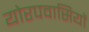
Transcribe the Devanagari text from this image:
योरपवासियों